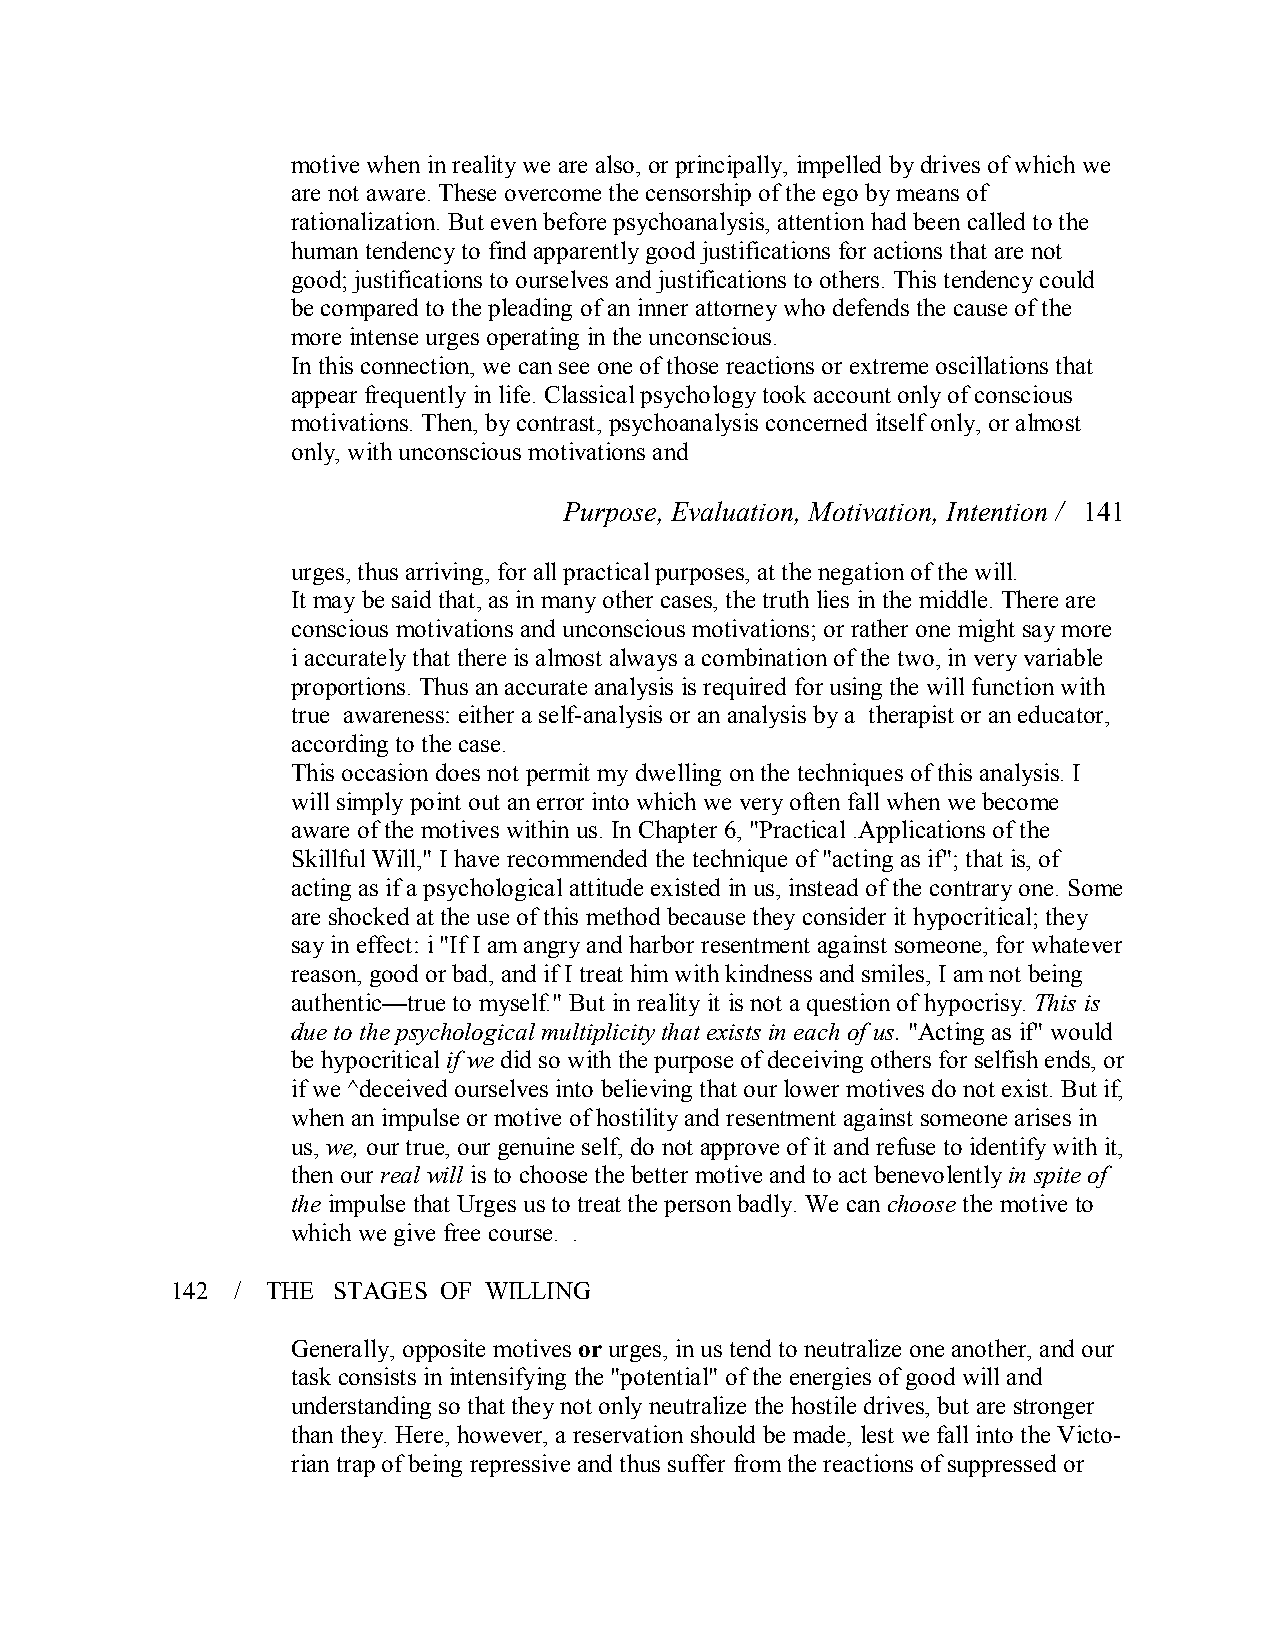
motive when in reality we are also, or principally, impelled by drives of which we
 are not aware. These overcome the censorship of the ego by means of
 rationalization. But even before psychoanalysis, attention had been called to the
 human tendency to find apparently good justifications for actions that are not
 good; justifications to ourselves and justifications to others. This tendency could
 be compared to the pleading of an inner attorney who defends the cause of the
 more intense urges operating in the unconscious.
 In this connection, we can see one of those reactions or extreme oscillations that
 appear frequently in life. Classical psychology took account only of conscious
 motivations. Then, by contrast, psychoanalysis concerned itself only, or almost
 only, with unconscious motivations and
 Purpose, Evaluation, Motivation, Intention / 141
 urges, thus arriving, for all practical purposes, at the negation of the will.
 It may be said that, as in many other cases, the truth lies in the middle. There are
 conscious motivations and unconscious motivations; or rather one might say more
 i accurately that there is almost always a combination of the two, in very variable
 proportions. Thus an accurate analysis is required for using the will function with
 true awareness: either a self­analysis or an analysis by a therapist or an educator,
 according to the case.
 This occasion does not permit my dwelling on the techniques of this analysis. I
 will simply point out an error into which we very often fall when we become
 aware of the motives within us. In Chapter 6, "Practical .Applications of the
 Skillful Will," I have recommended the technique of "acting as if"; that is, of
 acting as if a psychological attitude existed in us, instead of the contrary one. Some
 are shocked at the use of this method because they consider it hypocritical; they
 say in effect: i "If I am angry and harbor resentment against someone, for whatever
 reason, good or bad, and if I treat him with kindness and smiles, I am not being
 authentic—true to myself." But in reality it is not a question of hypocrisy. This is
 due to the psychological multiplicity that exists in each of us. "Acting as if" would
 be hypocriticalif we did so with the purpose of deceiving others for selfish ends, or
 if we ^deceived ourselves into believing that our lower motives do not exist. But if,
 when an impulse or motive of hostility and resentment against someone arises in
 us, we, our true, our genuine self, do not approve of it and refuse to identify with it,
 then our real will is to choose the better motive and to act benevolentlyin spite of
 the impulse that Urges us to treat the person badly. We canchoose the motive to
 which we give free course. .
 142 /  THE STAGES OF WILLING
 Generally, opposite motives orurges, in us tend to neutralize one another, and our
 task consists in intensifying the "potential" of the energies of good will and
 understanding so that they not only neutralize the hostile drives, but are stronger
 than they. Here, however, a reservation should be made, lest we fall into the Victo­
 rian trap of being repressive and thus suffer from the reactions of suppressed or